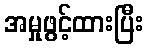
အမှုဖွင့်ထားပြီး